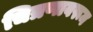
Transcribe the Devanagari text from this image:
चित्रणावरून